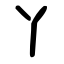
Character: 丫